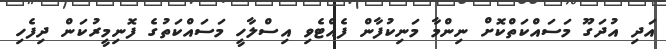
އަދި އުދަގޫ މަސައްކަތްކޮށް ނިންމާ މަނިކުފާން ފެއްޓެވި އިސްލާހީ މަސައްކަތުގެ ފޮނިމީރުކަން ދިފެހި